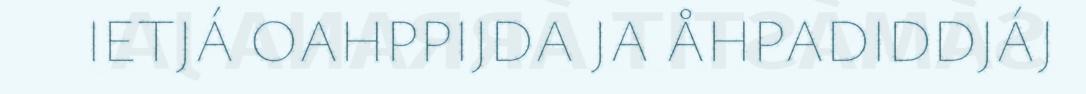
IETJÁ OAHPPIJDA JA ÅHPADIDDJÁJ